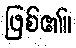
ဖြစ်၏။